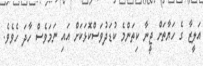
އަލީޒާ ގެ ހަޔާތަށް ޖީނާ ކިތަންމެ ކުޑަދުވަސްކޮޅަކަށް އައި ނަމަވެސް ހާދަ ހެވެވެ.